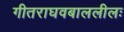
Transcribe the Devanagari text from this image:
गीतराघवबाललीलः